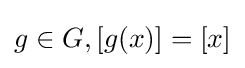
g\in G,[g(x)]=[x]